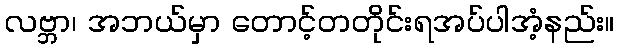
လဗ္ဘာ၊ အဘယ်မှာ တောင့်တတိုင်းရအပ်ပါအံ့နည်း။